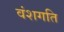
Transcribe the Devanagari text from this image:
वंशगति